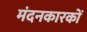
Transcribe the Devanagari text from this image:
मंदनकारकों